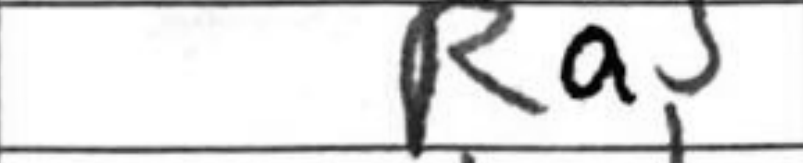
Transcription: Ra5